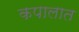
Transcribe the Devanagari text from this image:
कपालात